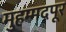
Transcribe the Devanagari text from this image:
मुहम्मदपूर